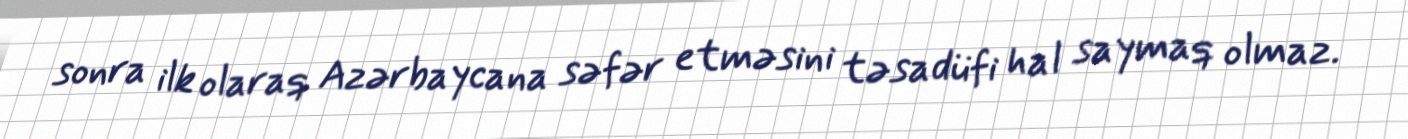
sonra ilk olaraq Azərbaycana səfər etməsini təsadüfi hal saymaq olmaz.